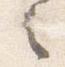
之